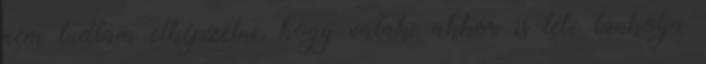
nem tudtam elképzelni, hogy valaki akkor is tele tankolja